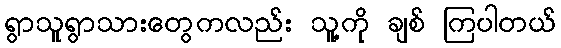
ရွာသူရွာသားတွေကလည်း သူ့ကို ချစ် ကြပါတယ်